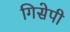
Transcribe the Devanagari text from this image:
गिसेपी